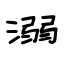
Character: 溺